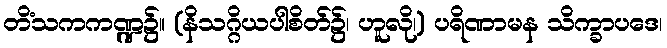
တိံသကကဏ္ဍ၌။ (နိသဂ္ဂိယပါစိတ်၌၊ ဟူလို၊) ပရိဏာမန သိက္ခာပဒေ၊